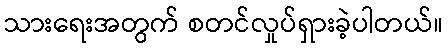
သားရေးအတွက် စတင်လှုပ်ရှားခဲ့ပါတယ်။